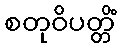
စတုဝိပတ္တိံ